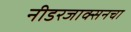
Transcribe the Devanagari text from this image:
नीडरजाक्सनचा